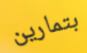
بتمارين